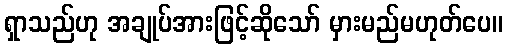
ရှာသည်ဟု အချုပ်အားဖြင့်ဆိုသော် မှားမည်မဟုတ်ပေ။